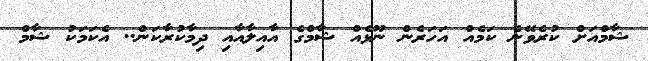
ޝާމްއަށް ކުރެވޭނެ ކަމެއް އަހަރެން ނޫޅެއް ޝާމްގެ އާއިލާއާއި ދިމާކުރާކަން.. އެކަމަކު ޝާމް